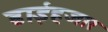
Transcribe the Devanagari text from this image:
ढाईहजार